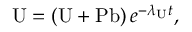
\mathrm { U } = \left( \mathrm { U } + \mathrm { P b } \right) e ^ { - \lambda _ { \mathrm { U } } t } ,